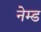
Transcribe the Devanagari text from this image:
नेम्‍ड